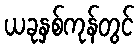
ယခုနှစ်ကုန်တွင်